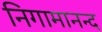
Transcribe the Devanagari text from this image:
निगामानन्द